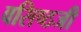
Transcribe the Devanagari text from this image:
वसिष्ठजी